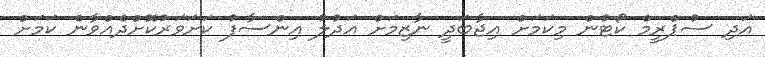
އަދި ސުޕްރީމް ކޯޓުން މިކަމަށް އިޖާބަދީ ނާޒިމަށް އަދުލު އިންސާފު ކަށަވަރުކޮށްދެއްވާނެ ކަމަށް